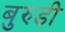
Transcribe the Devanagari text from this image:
बुरुडी